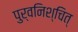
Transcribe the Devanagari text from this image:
पुर्वनिश्चित्